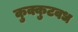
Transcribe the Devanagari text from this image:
कुक्कुटवध